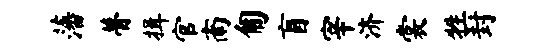
藩瞢揖官南匍盲宰济裳牲封